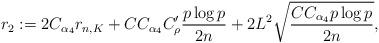
LaTeX: \begin{align*}r_2:=2C_{\alpha_4}r_{n,K}+CC_{\alpha_4} C_\rho'\frac{p\log p}{2n}+2L^2\sqrt{\frac{CC_{\alpha_4} p\log p}{2n}}, \end{align*}